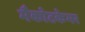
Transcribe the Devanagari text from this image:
मैकोटकेमर